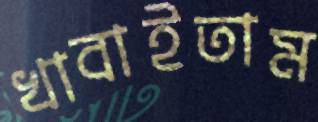
খাবাইতাম